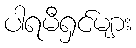
ပါရမီရှင်များ